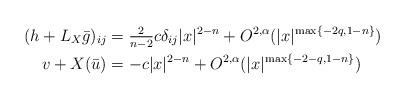
LaTeX: \begin{align*}(h + L_X\bar g)_{ij} &= \tfrac{2}{n-2} c\delta _{ij} |x|^{2-n} + O^{2,\alpha}(|x|^{\max\{-2q, 1-n \}})\\v + X(\bar u) &= -c |x|^{2-n} + O^{2,\alpha}(|x|^{\max\{-2-q, 1-n \}})\end{align*}